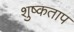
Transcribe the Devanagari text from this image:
शुष्कताप